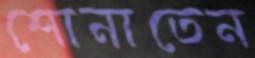
শোনাতেন